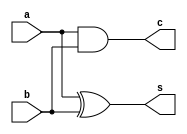
module ha(s,c,a,b);
input a,b;
output s,c;

assign s=a^b;
assign c=a&b;
endmodule

module FULL_ADDER (s,c,a,b,cin);
input a,b,cin;
output s,c;

wire w1,w2,w3;

ha g1(w1,w2,a,b);
ha g2(s,w3,w1,cin);
assign c=w2|w3;
endmodule